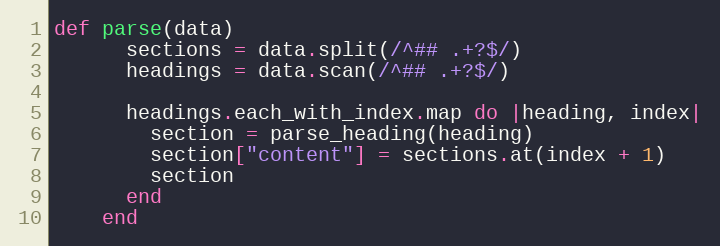
Language: Ruby
def parse(data)
      sections = data.split(/^## .+?$/)
      headings = data.scan(/^## .+?$/)

      headings.each_with_index.map do |heading, index|
        section = parse_heading(heading)
        section["content"] = sections.at(index + 1)
        section
      end
    end